Annual report on the Civil Veterinary Department, Burma (including the Insein Veterinary School) - 1932-1941
Year: 1932
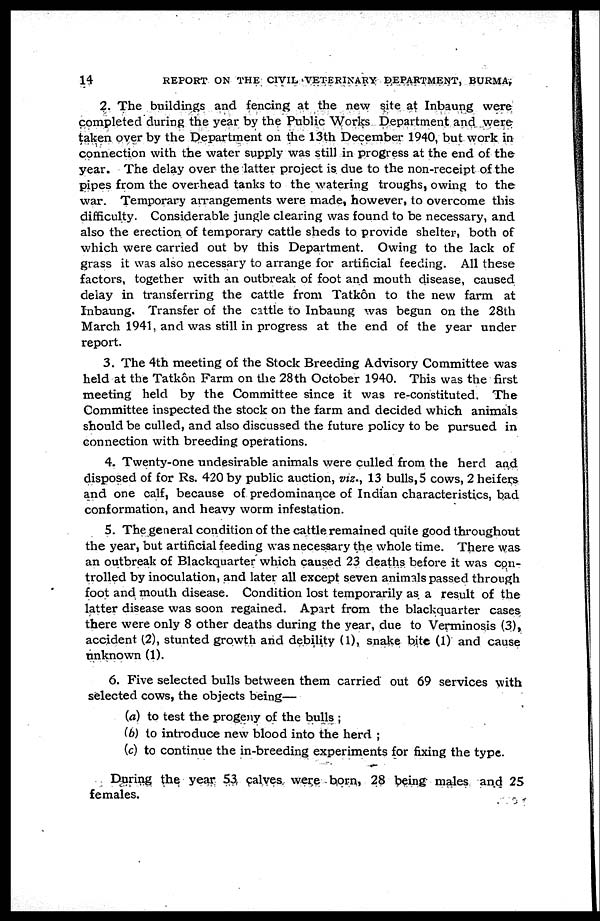
14
REPORT ON THE CIVIL VETERINARY DEPARTMENT, BURMA,
2. The buildings and fencing at the new site at Inbaung were
completed during the year by the Public Works Department and were
taken over by the Department on the 13th December 1940, but work in
connection with the water supply was still in progress at the end of the
year. The delay over the latter project is due to the non-receipt of the
pipes from the overhead tanks to the watering troughs, owing to the
war. Temporary arrangements were made, however, to overcome this
difficulty. Considerable jungle clearing was found to be necessary, and
also the erection of temporary cattle sheds to provide shelter, both of
which were carried out by this Department. Owing to the lack of
grass it was also necessary to arrange for artificial feeding. All these
factors, together with an outbreak of foot and mouth disease, caused
delay in transferring the cattle from Tatkôn to the new farm at
Inbaung. Transfer of the cattle to Inbaung was begun on the 28th
March 1941, and was still in progress at the end of the year under
report.
3. The 4th meeting of the Stock Breeding Advisory Committee was
held at the Tatkôn Farm on the 28th October 1940. This was the first
meeting held by the Committee since it was re-constituted. The
Committee inspected the stock on the farm and decided which animals
should be culled, and also discussed the future policy to be pursued in
connection with breeding operations.
4. Twenty-one undesirable animals were culled from the herd and
disposed of for Rs. 420 by public auction, viz., 13 bulls, 5 cows, 2 heifers
and one calf, because of predominance of Indian characteristics, bad
conformation, and heavy worm infestation.
5. The general condition of the cattle remained quite good throughout
the year, but artificial feeding was necessary the whole time. There was
an outbreak of Blackquarter which caused 23 deaths before it was con-
trolled by inoculation, and later all except seven animals passed through
foot and mouth disease. Condition lost temporarily as a result of the
latter disease was soon regained. Apart from the blackquarter cases
there were only 8 other deaths during the year, due to Verminosis (3),
accident (2), stunted growth and debility (1), snake bite (1) and cause
unknown (1).
6. Five selected bulls between them carried out 69 services with
selected cows, the objects being—
(a) to test the progeny of the bulls ;
(b) to introduce new blood into the herd ;
(c) to continue the in-breeding experiments for fixing the type.
During the year 53 calves were born, 28 being males and 25
females.